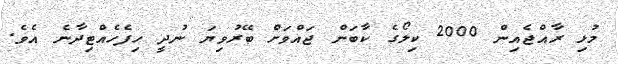
މުޅި ރާއްޖެއިން 2000 ކިލޯގެ ކާބަން ޖައްވަށް ބޭރުވިޔަ ނުދީ ހިފެހެއްޓިދާނެ އެވެ.